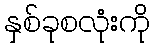
နှစ်ခုစလုံးကို